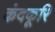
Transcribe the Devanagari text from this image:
कंदकूरि